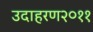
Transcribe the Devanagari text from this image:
उदाहरण२०११